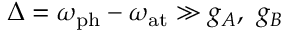
\Delta = \omega _ { \mathrm { p h } } - \omega _ { \mathrm { a t } } \gg g _ { A } , ~ g _ { B }